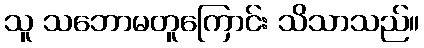
သူ သဘောမတူကြောင်း သိသာသည်။